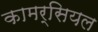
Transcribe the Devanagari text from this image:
कामर्सियल